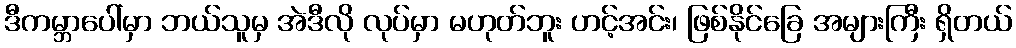
ဒီကမ္ဘာပေါ်မှာ ဘယ်သူမှ အဲဒီလို လုပ်မှာ မဟုတ်ဘူး ဟင့်အင်း၊ ဖြစ်နိုင်ခြေ အများကြီး ရှိတယ်